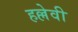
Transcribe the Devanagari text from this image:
हल्लेवी